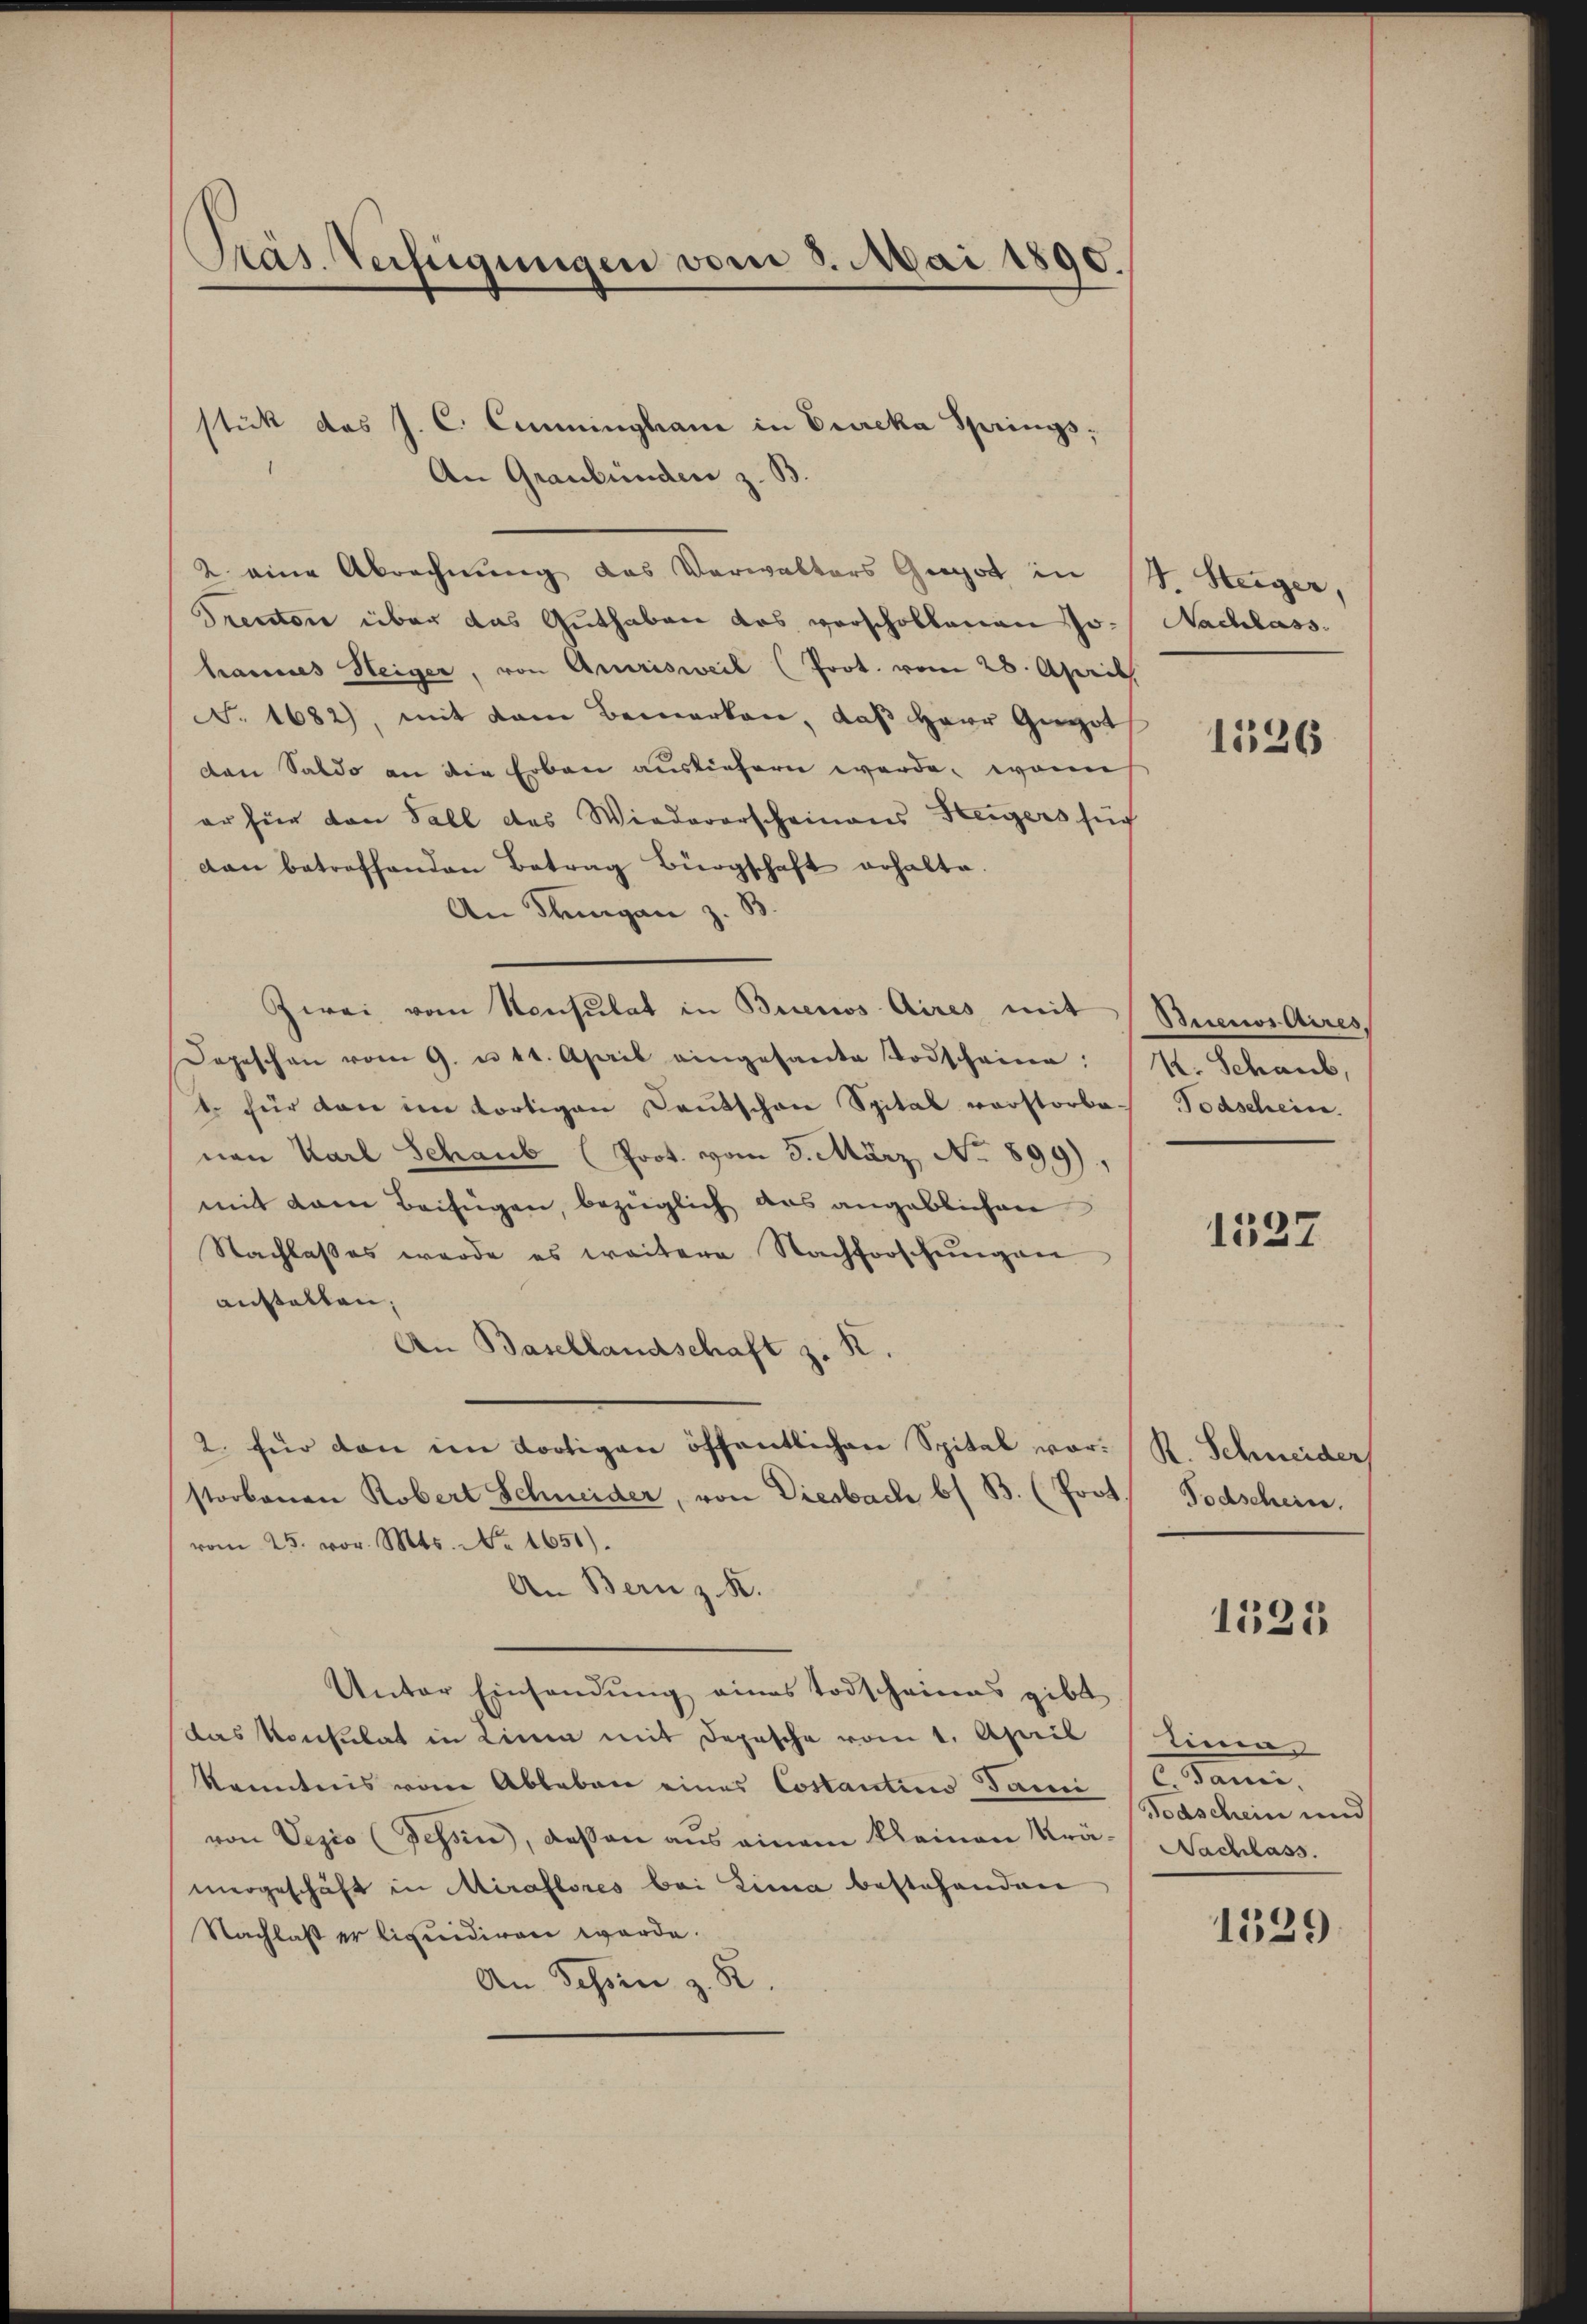
Präs. Verfügungen vom 3. Mai 1890.

stick das J. C. Comminghani in Eureka Springs,
An Graubünden z. B.
2 eine Abrechnung das Verwalters Gepot in 4 Steiger,
Trector über das Guthaben das vorschollenen Jo- Nachlass
hannes Heiger, von Amrisweil (Prot. vom 28. Aprill
F. 1682), mit dem Bemerken, daß Herr Gugot
don Saldo an die Erben ausliefern werde, wonn
er für von Fall das Wiederarscheinaus Steigers sich
dan betreffenden Betrag Bürgschaft erhalte.
An Thurgan z. B
Zwei vom Konsulat in Buenos Aires mit
Depeschen vom 9. u 11. April eingesante Todscheiner: K. Schaub,
t. für den im dortigen Deutschen Spital vorstorbe- Todschein.
nen Karl Schaub (Prot. vom 3. März, No 899),
mit dem Beifügen, bezüglich das angeblichen
Nachlasses werde es weitere Nachforschungen
anstalten,
An Basellandschaft z. R
2. für den im dortigen öffentlichen Spital vorstorbenen Robert Schneider, von Diesbach bs B. (Prot.
vom 25. vor. Mts. No. 1651).
An Bern z. K.
Unter Einsendung eines Todscheines gibt
das Konsulat in Linie mit Depesche vom 1. April linear
kenntnis vom Ableben eines Costantin Jami C. Jani
von Vezio (Tessin, dessen aus einem kleinen Krä- Nachlass.
mergeschäft in Miraflores bei Lina bestehenden
Nachlaß er liquidiren werde.
An Sechsen z. R.

1526

Biceros Aires.

1527

R. Schneider
Todschein.

1525

Todschein und

1329.